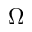
\Omega